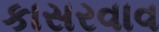
કાસરવાવ